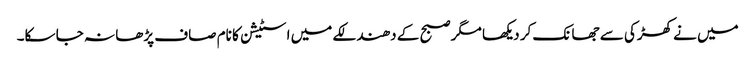
میں نے کھڑکی سے جھانک کر دیکھا مگر صبح کے دھندلکے میں اسٹیشن کا نام صاف پڑھا نہ جا سکا۔